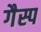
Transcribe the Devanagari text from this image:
गैस्प